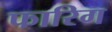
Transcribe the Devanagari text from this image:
फारिग